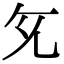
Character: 𭀙